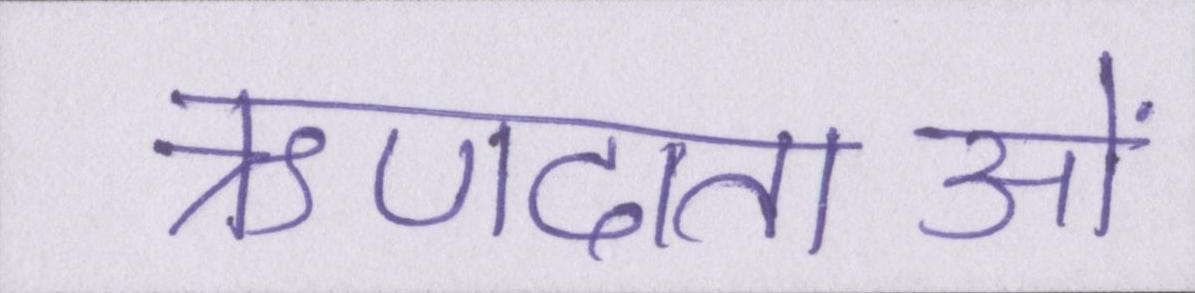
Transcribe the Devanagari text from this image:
ऋणदाताओं